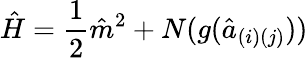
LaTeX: {\hat{H}}={\frac{1}{2}}{\hat{m}}^{2}+N(g({\hat{a}}_{(i)(j)}))